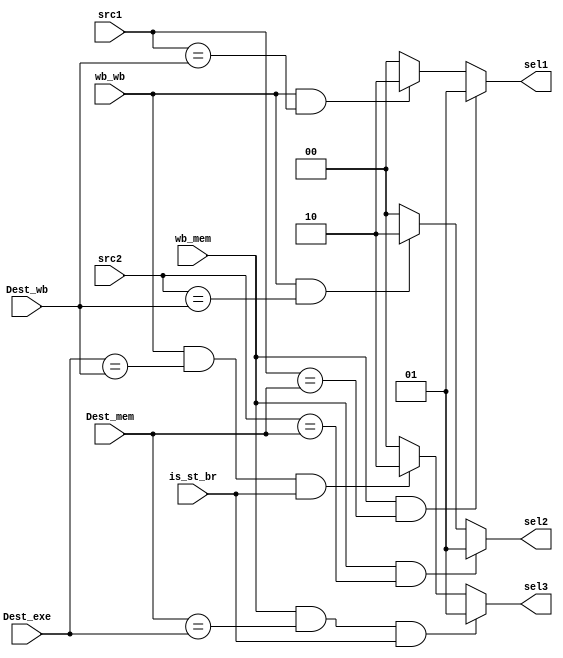
//new
module forwardunit(input[4:0] src1,src2,Dest_exe,Dest_mem,Dest_wb,input wb_mem,wb_wb,is_st_br,output reg[1:0] sel1,sel2,sel3);
  always@* begin
    sel1=0;sel2=0;sel3=0;
    if(wb_mem==1&&Dest_mem==Dest_exe&&is_st_br==1)
      sel3<=1;
    else if (wb_wb==1&&Dest_exe==Dest_wb&&is_st_br==1)
      sel3<=2;
    if (wb_mem==1&&src1==Dest_mem)
      sel1<=1;
    else if(wb_wb==1&&src1==Dest_wb)
      sel1<=2;
    if (wb_mem==1&&src2==Dest_mem)
      sel2<=1;
    else if(wb_wb==1&&src2==Dest_wb)
      sel2<=2;
    
	 
    /*sel1=0;sel2=0;sel3=0;
    if (src1==Dest_mem && src1==Dest_wb && wb_wb==1'b1 && wb_mem==1'b1)
      sel1=2'd1;
    else if (src2==Dest_mem && src2==Dest_wb && wb_wb==1'b1 && wb_mem==1'b1)
      sel2=2'd1;
    else if (src2==Dest_mem && wb_mem==1'b1)
      sel2=2'd1;
    else if (src1==Dest_mem && wb_mem==1'b1)
      sel1=1'd1;
    else if (src1==Dest_wb && wb_wb==1'b1)
      sel1=2'd2;
    else if (src2==Dest_wb && wb_wb==1'b1)
      sel2=2'd2;
    else if (Dest_exe==Dest_mem && wb_mem==1'b1)
      sel3=2'd1;
    else if (Dest_exe==Dest_wb && wb_wb==1'b1)
      sel3=2'd2;*/
  end
endmodule